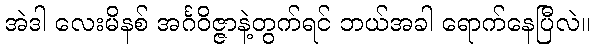
အဲဒါ လေးမိနစ် အင်္ဂဝိဇ္ဇာနဲ့တွက်ရင် ဘယ်အခါ ရောက်နေပြီလဲ။